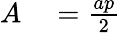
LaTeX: \begin{array}{rl}{A}&{{}={\frac{ap}{2}}}\end{array}